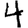
Digit: 4